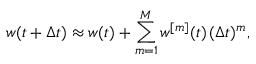
w ( t + \Delta t ) \approx w ( t ) + \sum _ { m = 1 } ^ { M } w ^ { [ m ] } ( t ) \, ( \Delta t ) ^ { m } ,